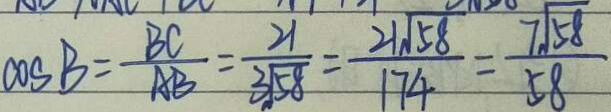
\cos B = \frac { B C } { A B } = \frac { 2 1 } { 3 \sqrt { 5 8 } } = \frac { 2 1 \sqrt { 5 8 } } { 1 7 4 } = \frac { 7 \sqrt { 5 8 } } { 5 8 }